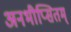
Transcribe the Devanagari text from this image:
अनभीप्सितम्